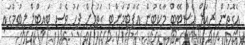
އެގޮތުން ރިއަލް އެސްޓޭޓް މާކެޓުން އެޕާޓްމަންޓް ގަތުމަށް ފަހު ވެސް ޓައިޓްލް ލިބުމުގައި